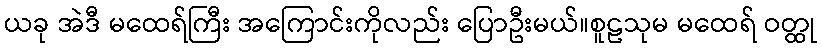
ယခု အဲဒီ မထေရ်ကြီး အကြောင်းကိုလည်း ပြောဦးမယ်။စူဠသုမ မထေရ် ဝတ္ထု